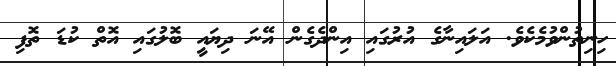
ހިނިތުންވުމެކެވެ. އަލައިނާގެ އުރުގައި އިންދެގެން އޭނަ ދިޔައީ ބޮލުގައި އޮތް ކުޑަ ތޮފި